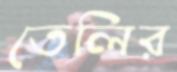
তেলির